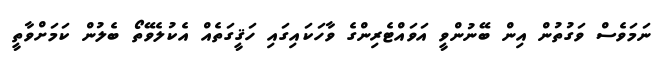
ނަމަވެސް ވަގުތުން އިން ބޭނުންވީ އަވައްޓެރިންގެ ވާހަކައިގައި ހަޤީގަތެއް އެކުލެވޭތޯ ބެލުން ކަމަށްވާތީ